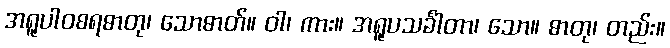
အရူပါဝစရဓာတု၊ သောဓာတ်။ ဝါ၊ ကား။ အရူပသင်္ခါတာ၊ သော။ ဓာတု၊ တည်း။